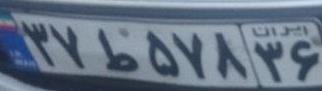
۳۷ط۵۷۸۳۶